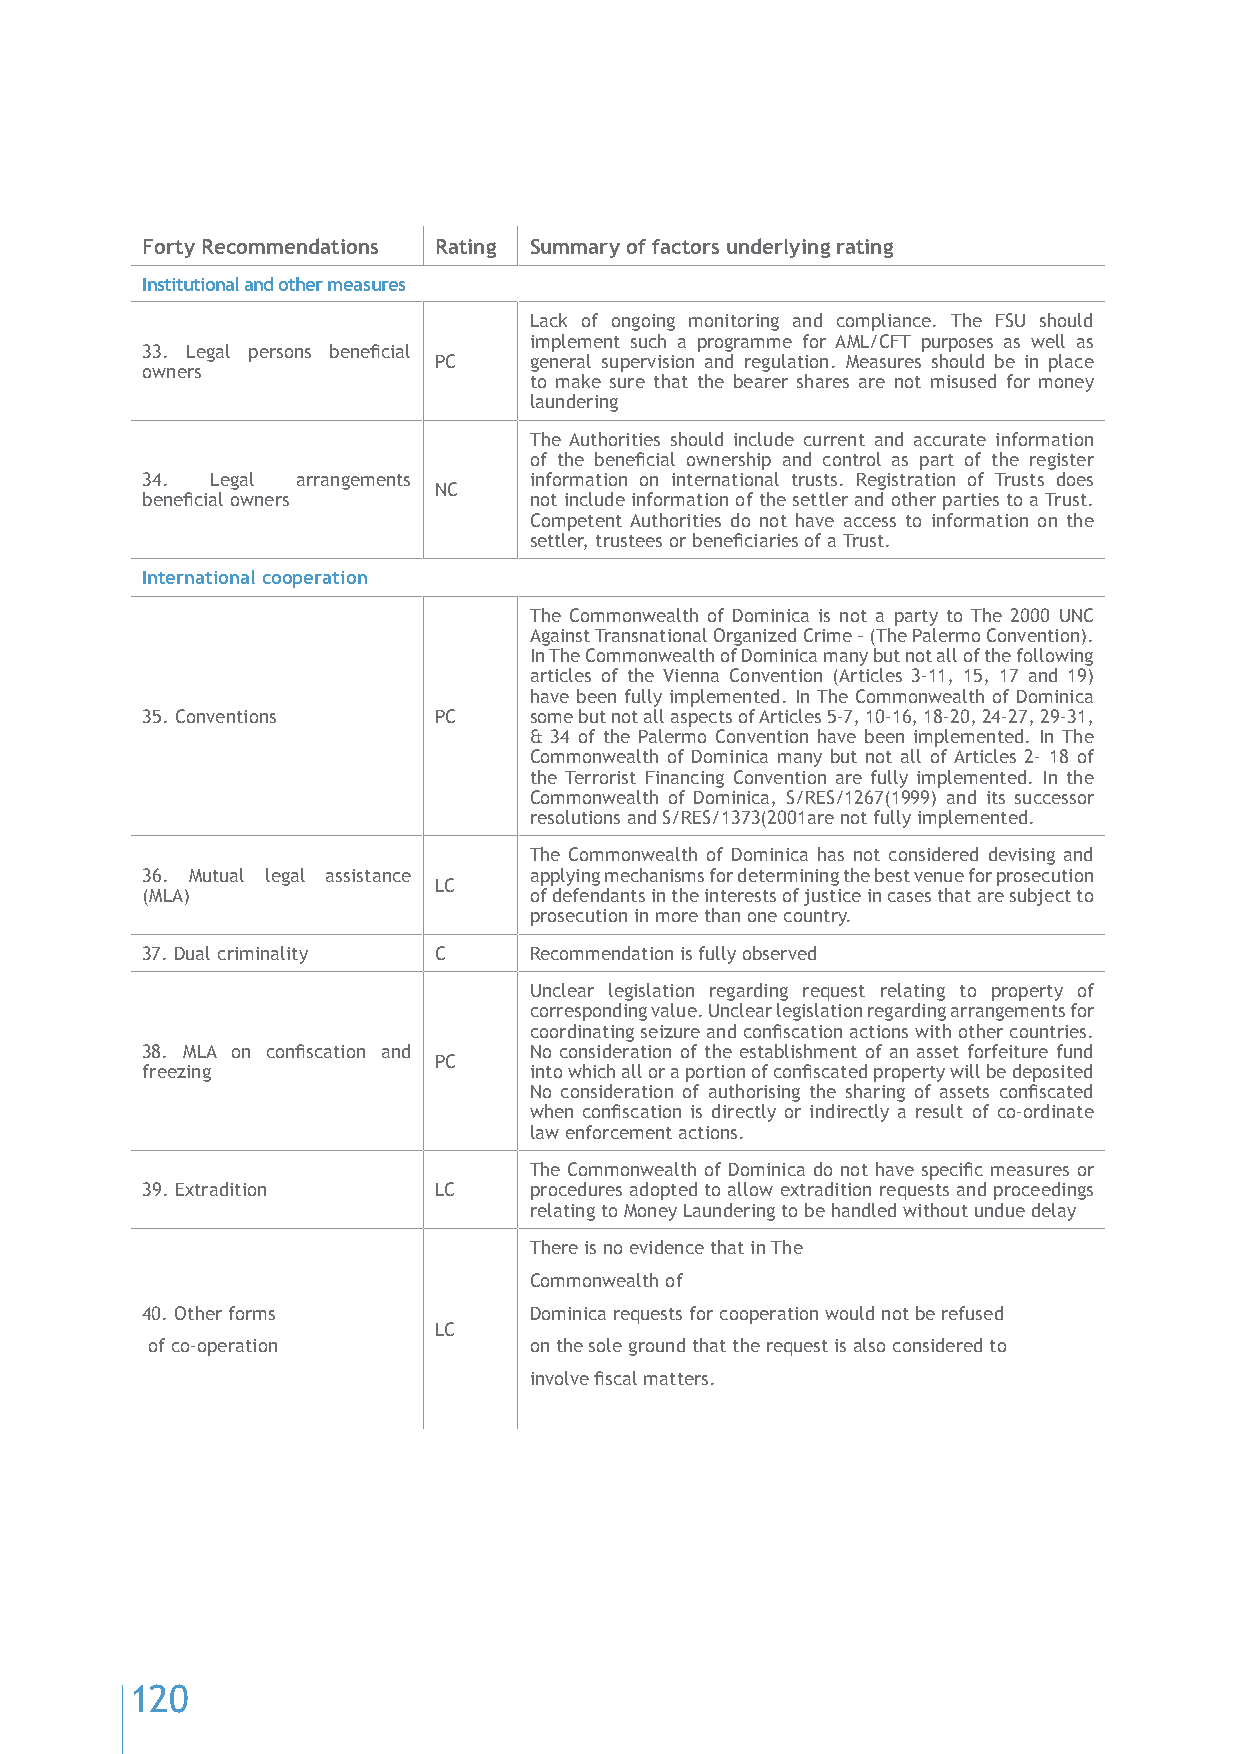
Forty Recommendations Rating Summary of factors underlying rating
 Institutional and other measures
 Lack of ongoing monitoring and compliance. The FSU should
 implement such a programme for AML/CFT purposes as well as
 33. Legal persons beneficial
 PC    general supervision and regulation. Measures should be in place
 owners
 to make sure that the bearer shares are not misused for money
 laundering
 The Authorities should include current and accurate information
 of the beneficial ownership and control as part of the register
 34.  Legal arrangements   information on international trusts. Registration of Trusts does
 NC
 beneficial owners         not include information of the settler and other parties to a Trust.
 Competent Authorities do not have access to information on the
 settler, trustees or beneficiaries of a Trust.
 International cooperation
 The Commonwealth of Dominica is not a party to The 2000 UNC
 Against Transnational Organized Crime – (The Palermo Convention).
 In The Commonwealth of Dominica many but not all of the following
 articles of the Vienna Convention (Articles 3-11, 15, 17 and 19)
 have been fully implemented. In The Commonwealth of Dominica
 35. Conventions     PC    some but not all aspects of Articles 5-7, 10-16, 18-20, 24-27, 29-31,
 & 34 of the Palermo Convention have been implemented. In The
 Commonwealth of Dominica many but not all of Articles 2- 18 of
 the Terrorist Financing Convention are fully implemented. In the
 Commonwealth of Dominica, S/RES/1267(1999) and its successor
 resolutions and S/RES/1373(2001are not fully implemented.
 The Commonwealth of Dominica has not considered devising and
 36. Mutual legal assistance applying mechanisms for determining the best venue for prosecution
 LC
 (MLA)                     of defendants in the interests of justice in cases that are subject to
 prosecution in more than one country.
 37. Dual criminality C    Recommendation is fully observed
 Unclear legislation regarding request relating to property of
 corresponding value. Unclear legislation regarding arrangements for
 coordinating seizure and confiscation actions with other countries.
 38. MLA on confiscation and No consideration of the establishment of an asset forfeiture fund
 PC
 freezing                  into which all or a portion of confiscated property will be deposited
 No consideration of authorising the sharing of assets confiscated
 when confiscation is directly or indirectly a result of co-ordinate
 law enforcement actions.
 The Commonwealth of Dominica do not have specific measures or
 39. Extradition     LC    procedures adopted to allow extradition requests and proceedings
 relating to Money Laundering to be handled without undue delay
 There is no evidence that in The
 Commonwealth of
 40. Other forms           Dominica requests for cooperation would not be refused
 LC
 of co-operation          on the sole ground that the request is also considered to
 involve fiscal matters.
 120